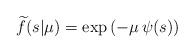
LaTeX: \begin{align*}\widetilde f(s|\mu) &= \exp\left(-\mu\,\psi(s)\right)\end{align*}